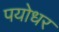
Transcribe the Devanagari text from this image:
पयोधर